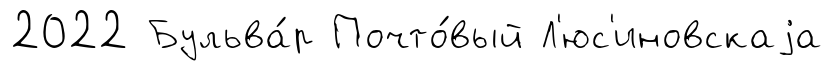
2022 Бульва́р Почто́вый Л'юс'иновскаjа